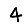
Digit: 4